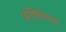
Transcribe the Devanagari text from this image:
संचिकेच्या